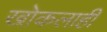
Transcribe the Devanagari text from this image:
खोकलाही